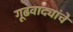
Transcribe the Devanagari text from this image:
गूढवाद्यांचे